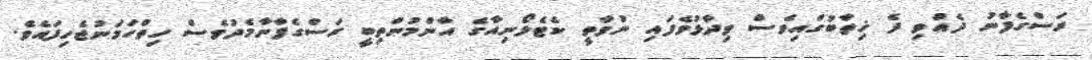
ރަސްގެފާނު ދެއްވި ދެ ޚިތާބުގައިވެސް ވިދާޅުވެފައި ނުވާތީ ކެޓެލޯނިއާގެ އާންމުންތިބީ ރަސްގެފާނާމެދުވެސް ހިތްހަމަނުޖެހިފައެވެ.